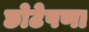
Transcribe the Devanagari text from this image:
छोटेपणा